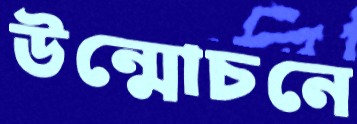
উন্মোচনে